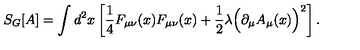
S _ { G } [ A ] = \int d ^ { 2 } x \left[ \frac { 1 } { 4 } F _ { \mu \nu } ( x ) F _ { \mu \nu } ( x ) + \frac { 1 } { 2 } \lambda \Big ( \partial _ { \mu } A _ { \mu } ( x ) \Big ) ^ { 2 } \right] .